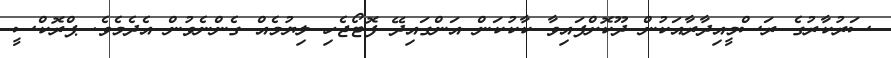
ސަރުކާރުގެ ރަސްމީއިދާރާއަކުން ދޫކޮށްފައިވާ ކާކުކަން އަންގައިދޭ ފޮޓޯޖެހި ލިޔުމެއް ގެންނެވުން އެދެމެވެ. ޕްރޮކްސީ